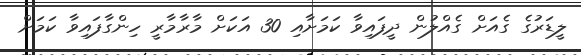
ލީޑަރުގެ ގެއަށް ގެއްލުން ދީފައިވާ ކަމަށާއި 30 އަކަށް މާރާމާރީ ހިންގާފައިވާ ކަމަށް